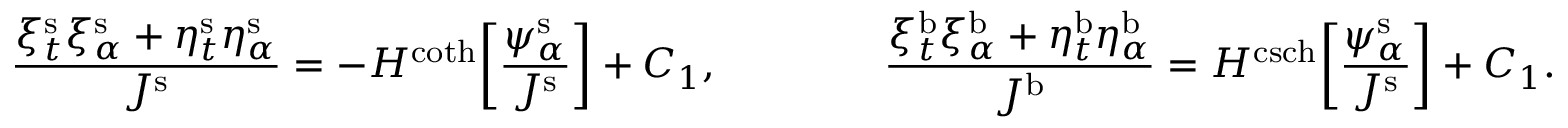
\frac { \xi _ { t } ^ { \mathrm { s } } \xi _ { \alpha } ^ { \mathrm { s } } + \eta _ { t } ^ { \mathrm { s } } \eta _ { \alpha } ^ { \mathrm { s } } } { J ^ { \mathrm { s } } } = - H ^ { \coth } \bigg [ \frac { \psi _ { \alpha } ^ { \mathrm { s } } } { J ^ { \mathrm { s } } } \bigg ] + C _ { 1 } , \qquad \qquad \frac { \xi _ { t } ^ { \mathrm { b } } \xi _ { \alpha } ^ { \mathrm { b } } + \eta _ { t } ^ { \mathrm { b } } \eta _ { \alpha } ^ { \mathrm { b } } } { J ^ { \mathrm { b } } } = H ^ { \operatorname { c s c h } } \bigg [ \frac { \psi _ { \alpha } ^ { \mathrm { s } } } { J ^ { \mathrm { s } } } \bigg ] + C _ { 1 } .